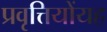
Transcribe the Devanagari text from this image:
प्रवृत्तियोंयह